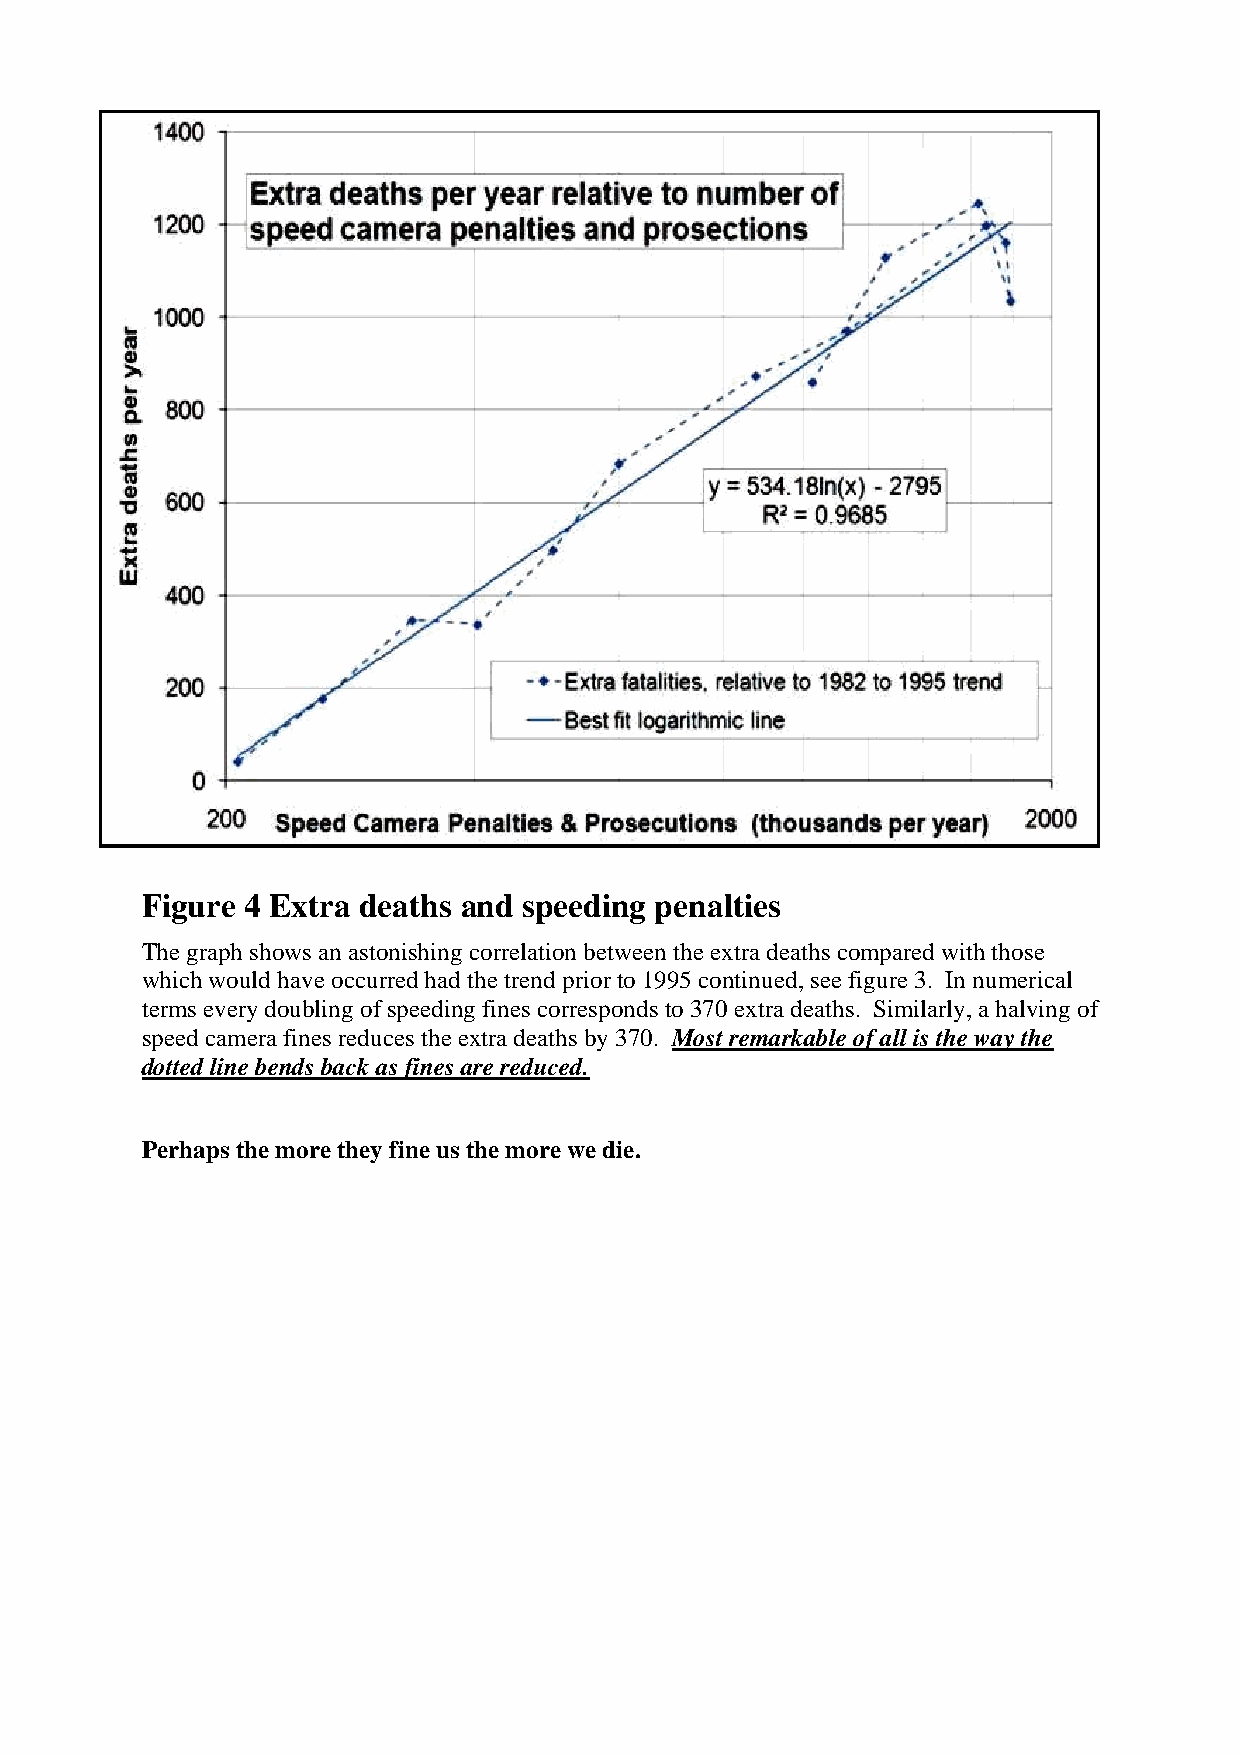
Figure 4 Extra deaths and speeding penalties
 The graph shows an astonishing correlation between the extra deaths compared with those
 which would have occurred had the trend prior to 1995 continued, see figure 3. In numerical
 terms every doubling of speeding fines corresponds to 370 extra deaths. Similarly, a halving of
 speed camera fines reduces the extra deaths by 370. Most remarkable of all is the way the
 dotted line bends back as fines are reduced.
 Perhaps the more they fine us the more we die.